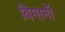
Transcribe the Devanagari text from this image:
विमानॉ